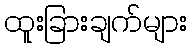
ထူးခြားချက်များ